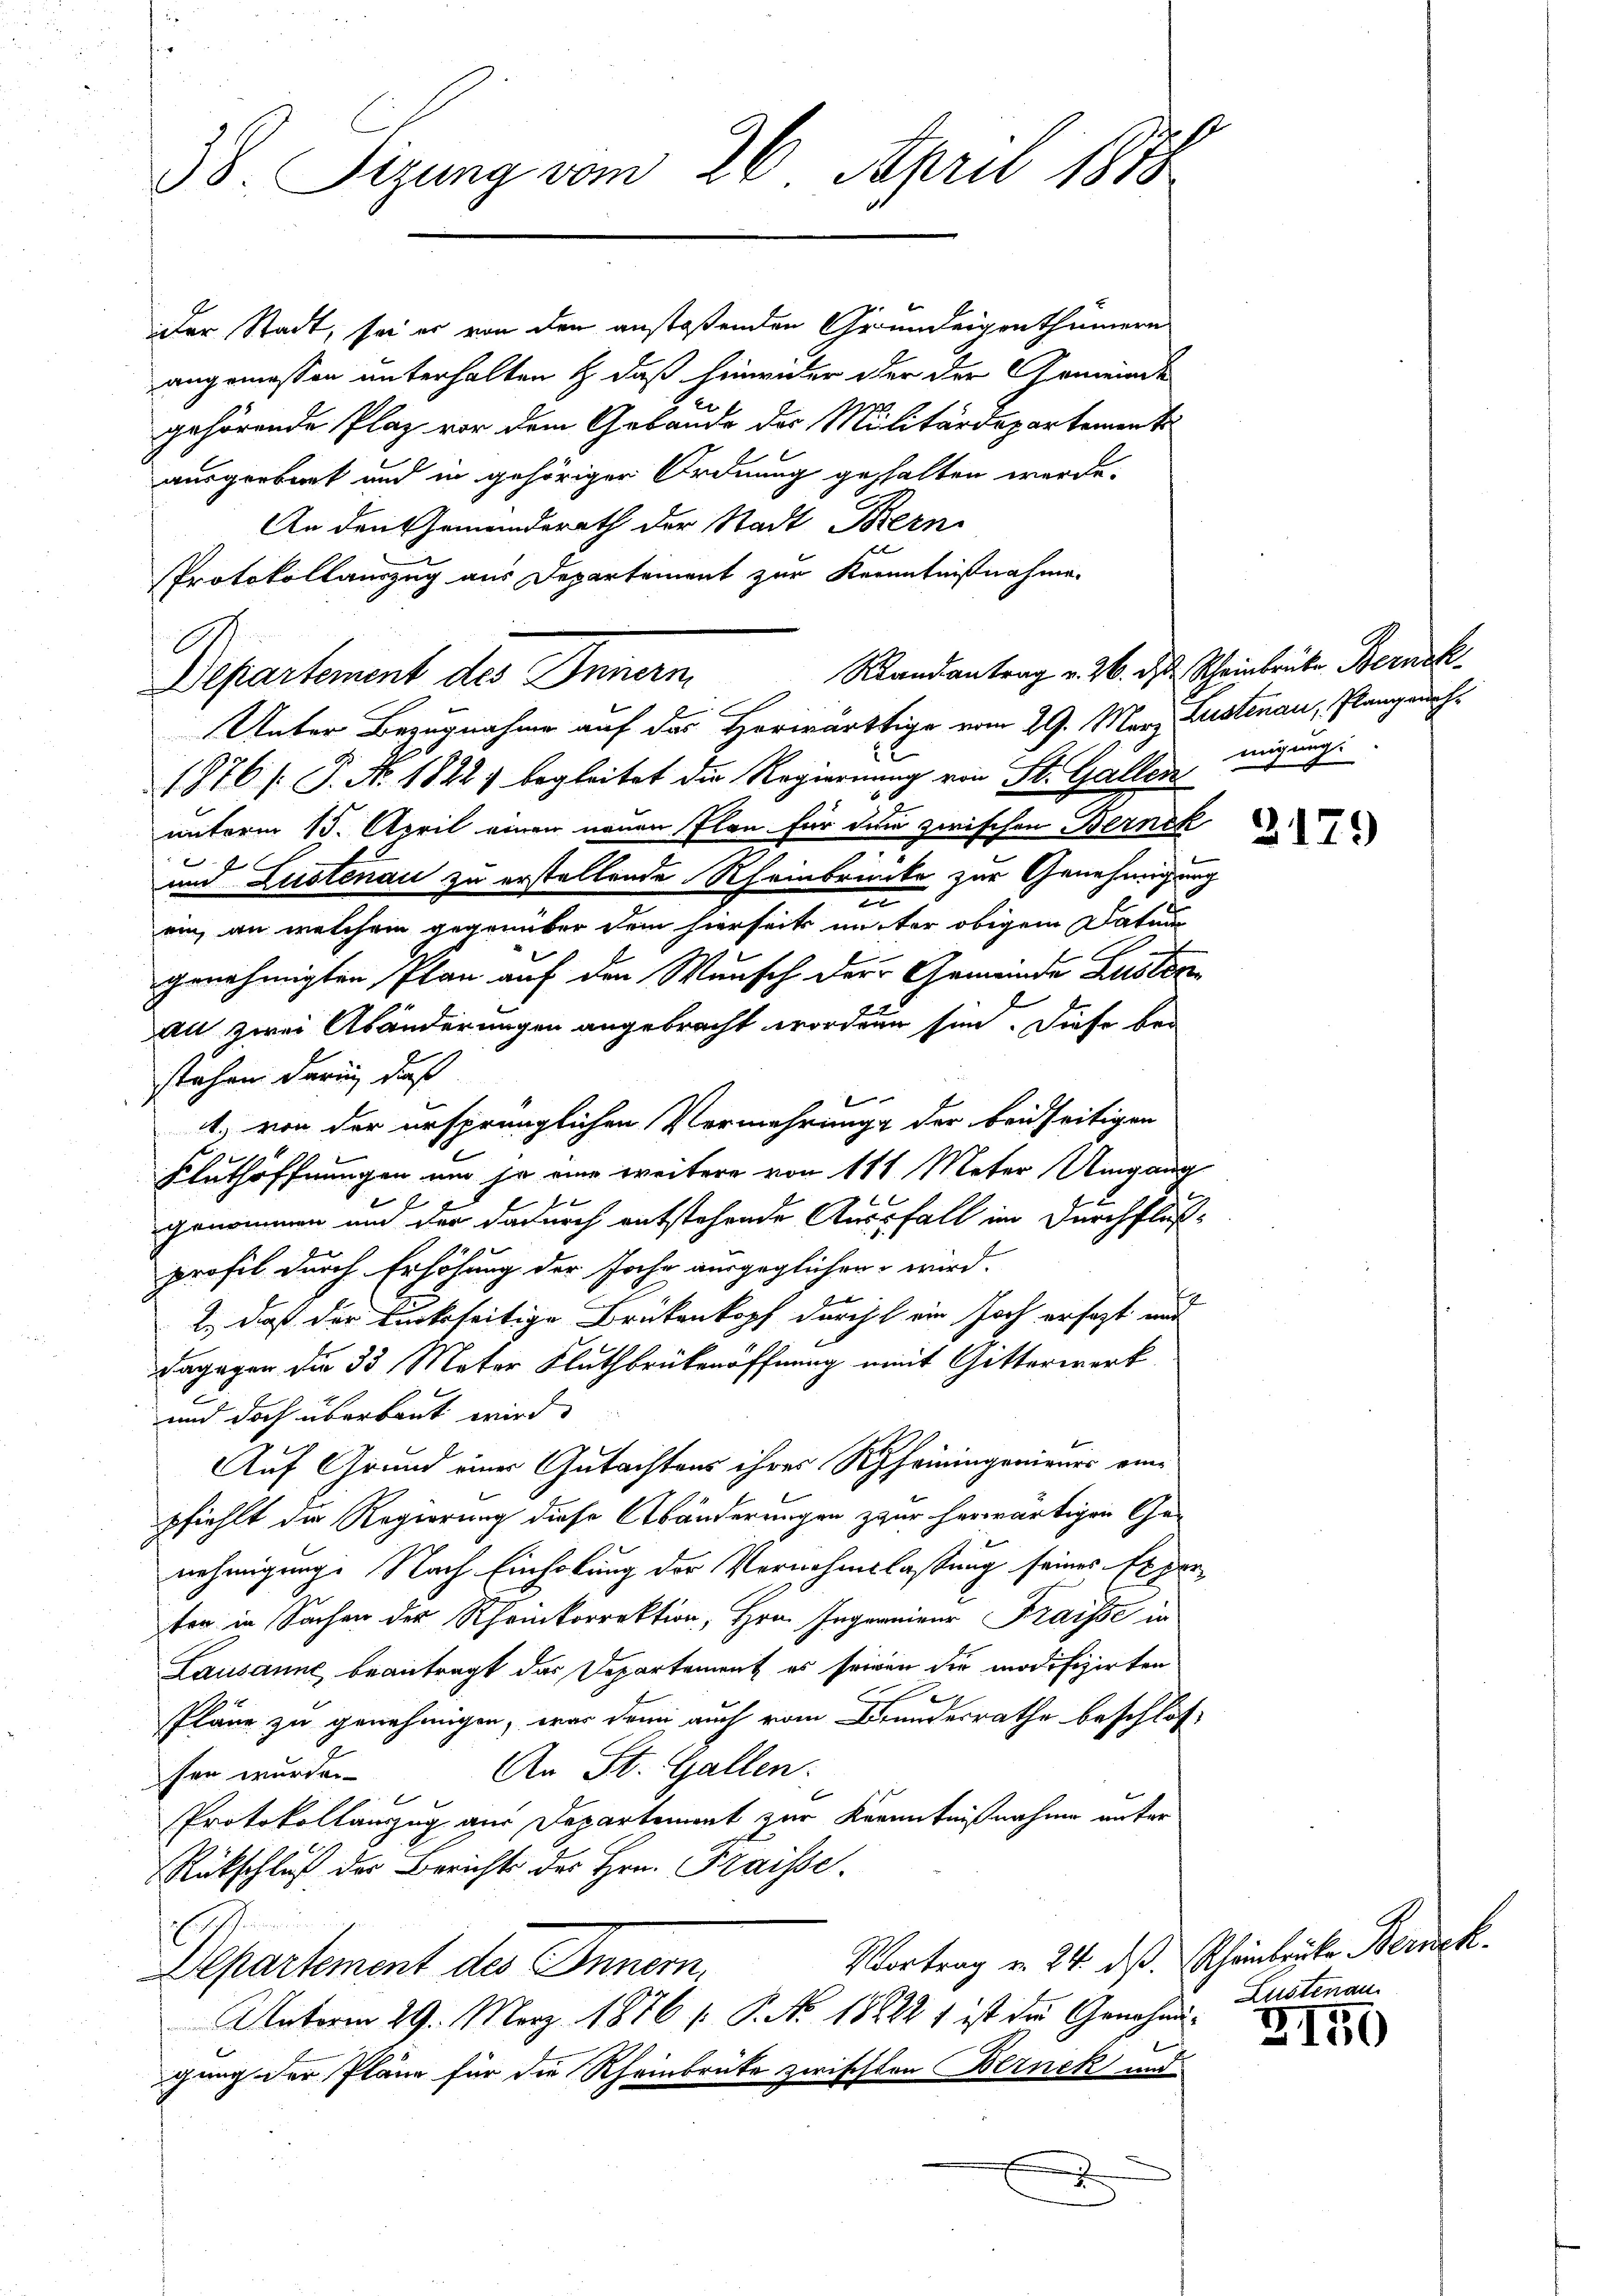
38. Sizung vom 26. April 1878

Der Stadt, sei er von den anstoßenden Grundeigenthümern
angemessen unterhalten & daß hinwider der der Gemeinde
gehörende Plaz vor dem Gebäude der Militärdepartement
ausgeeburt und in gehöriger Ordnung gehalten werde.
An den Gemeinderath der Stadt Bern
Protokollauszug aus Departement zur Kenntnißnahme.
Departement des Innern,
l
Unter Bezugnahme auf das Horwärtige vom 29. März Zustenau, Plangeneh
1876 /: P. Nr. 1822; begleitet die Regierung von St. Gallen
unterm 15. April einen neuen Plan für dem zwischen Bernek
s
und Lustenau zu erstellende Rheinbrücke zur Genehmigung
e
ein, an welchem gegenüber dem hierseits unter obigem Datum
h
genehmigten Plan auf den Wunsch der Gemeinde Zustinau zwei Abänderungen angebracht worden sind. Diese bei
stehen darin, daß
1. von der ursprünglichen Vermehrung der beidseitigen
Fluthöffnungen und ja eine weitere von 181 Meter Umgang
genommen und der dadurch entstehende Ausfall im Durchfluß-
profil durch Erhöhung der Joche ausgeglichen wird.
2., daß der tückseitige Brükenkopf durch ein Joch ersagt und
Dagegen die 35 Meter Fluthbrükenöffnung amit Gitterwerk
und doch überbaut wird.
Auf Grund einer Gutachtens ihrer Rheiningenieurs eine
pfiehlt die Regierung diese Abänderungen zur herwärtigen Genehmigung. Nach Einholung der Vernahmslassung seines Experten in Sachen der Rheinkorrektion, Hrn. Ingereiner Fraisse in
Lausanne beantragt das Departement es seinen die modifizirten
Pläne zu genehmigen, war dann auch vom Bundesrathe beschlos
An St. Gallen.
sen wurden.
e
Protokollauszug aus Departement zur Kenntnißnahme unter
Rückschluß der Berichts des Hrn. Fraisse.
Vortrag in 24. dß. Rheinleute Berück.
Departement des Innern.
Unterm 29. März 1876 f. P. No. 18222 f ist die Genehmigung der Pläne für die Rheinbrücke zwischten Bernek und
.

A

Randantrag v. 26. des Scheinbrüke Bernek
migung.
2179

Lustenau

3150